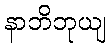
နာဘိဘုယျ